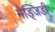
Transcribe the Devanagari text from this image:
मेड्जिडी